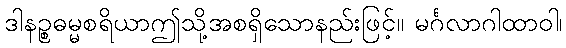
ဒါနဉ္စဓမ္မစရိယာဤသို့အစရှိသောနည်းဖြင့်။ မင်္ဂလာဂါထာဝါ၊